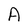
Character: A